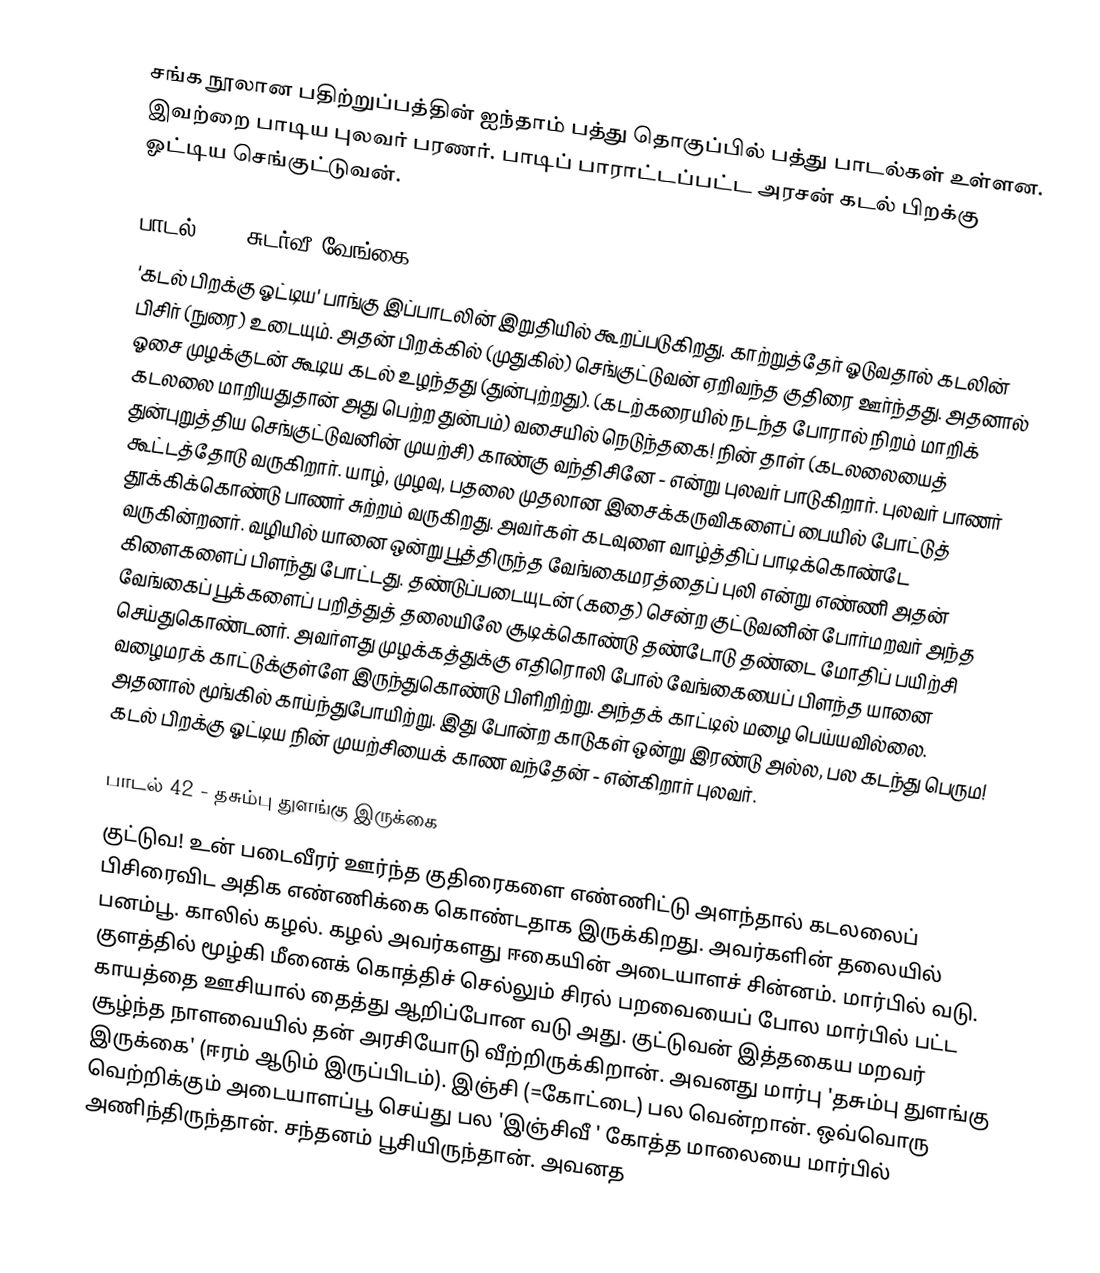
சங்க நூலான பதிற்றுப்பத்தின் ஐந்தாம் பத்து தொகுப்பில் பத்து பாடல்கள் உள்ளன. இவற்றை பாடிய புலவர் பரணர். பாடிப் பாராட்டப்பட்ட அரசன் கடல் பிறக்கு ஓட்டிய செங்குட்டுவன்.

பாடல் 41 - சுடர்வீ வேங்கை
'கடல் பிறக்கு ஓட்டிய' பாங்கு இப்பாடலின் இறுதியில் கூறப்படுகிறது. காற்றுத்தேர் ஓடுவதால் கடலின் பிசிர் (நுரை) உடையும். அதன் பிறக்கில் (முதுகில்) செங்குட்டுவன் ஏறிவந்த குதிரை ஊர்ந்தது. அதனால் ஓசை முழக்குடன் கூடிய கடல் உழந்தது (துன்புற்றது). (கடற்கரையில் நடந்த போரால் நிறம் மாறிக் கடலலை மாறியதுதான் அது பெற்ற துன்பம்) வசையில் நெடுந்தகை! நின் தாள் (கடலலையைத் துன்புறுத்திய செங்குட்டுவனின் முயற்சி) காண்கு வந்திசினே - என்று புலவர் பாடுகிறார். புலவர் பாணர் கூட்டத்தோடு வருகிறார். யாழ், முழவு, பதலை முதலான இசைக்கருவிகளைப் பையில் போட்டுத் தூக்கிக்கொண்டு பாணர் சுற்றம் வருகிறது. அவர்கள் கடவுளை வாழ்த்திப் பாடிக்கொண்டே வருகின்றனர். வழியில் யானை ஒன்று பூத்திருந்த வேங்கைமரத்தைப் புலி என்று எண்ணி அதன் கிளைகளைப் பிளந்து போட்டது. தண்டுப்படையுடன் (கதை) சென்ற குட்டுவனின் போர்மறவர் அந்த வேங்கைப் பூக்களைப் பறித்துத் தலையிலே சூடிக்கொண்டு தண்டோடு தண்டை மோதிப் பயிற்சி செய்துகொண்டனர். அவர்ளது முழக்கத்துக்கு எதிரொலி போல் வேங்கையைப் பிளந்த யானை வழைமரக் காட்டுக்குள்ளே இருந்துகொண்டு பிளிறிற்று. அந்தக் காட்டில் மழை பெய்யவில்லை. அதனால் மூங்கில் காய்ந்துபோயிற்று. இது போன்ற காடுகள் ஒன்று இரண்டு அல்ல, பல கடந்து பெரும! கடல் பிறக்கு ஓட்டிய நின் முயற்சியைக் காண வந்தேன் - என்கிறார் புலவர்.

பாடல் 42 - தசும்பு துளங்கு இருக்கை
குட்டுவ! உன் படைவீரர் ஊர்ந்த குதிரைகளை எண்ணிட்டு அளந்தால் கடலலைப் பிசிரைவிட அதிக எண்ணிக்கை கொண்டதாக இருக்கிறது. அவர்களின் தலையில் பனம்பூ. காலில் கழல். கழல் அவர்களது ஈகையின் அடையாளச் சின்னம். மார்பில் வடு. குளத்தில் மூழ்கி மீனைக் கொத்திச் செல்லும் சிரல் பறவையைப் போல மார்பில் பட்ட காயத்தை ஊசியால் தைத்து ஆறிப்போன வடு அது. குட்டுவன் இத்தகைய மறவர் சூழ்ந்த நாளவையில் தன் அரசியோடு வீற்றிருக்கிறான். அவனது மார்பு 'தசும்பு துளங்கு இருக்கை' (ஈரம் ஆடும் இருப்பிடம்). இஞ்சி (=கோட்டை) பல வென்றான். ஒவ்வொரு வெற்றிக்கும் அடையாளப்பூ செய்து பல 'இஞ்சிவீ ' கோத்த மாலையை மார்பில் அணிந்திருந்தான். சந்தனம் பூசியிருந்தான். அவனத